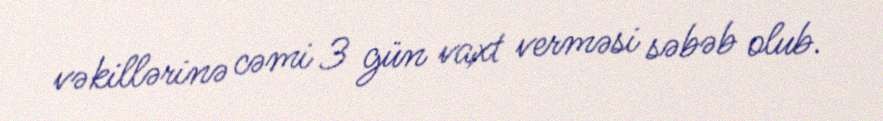
vəkillərinə cəmi 3 gün vaxt verməsi səbəb olub.